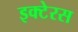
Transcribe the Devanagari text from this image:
इक्टेरस